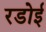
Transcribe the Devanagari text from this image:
रडोई